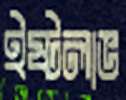
ইষ্টলাভ